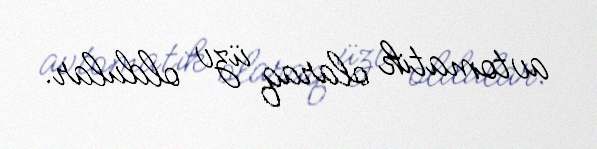
avtomatik olaraq üzv oldular.